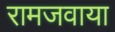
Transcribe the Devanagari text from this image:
रामजवाया